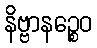
နိဗ္ဗာနဉ္စေဝ